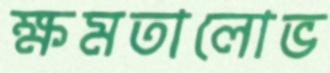
ক্ষমতালোভ